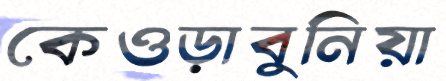
কেওড়াবুনিয়া